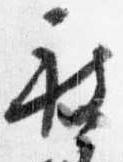
被